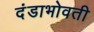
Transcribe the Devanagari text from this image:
दंडाभोवती